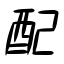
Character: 配